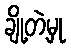
ချို့တဲ့မှု